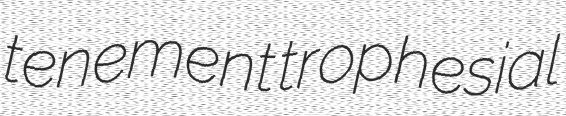
tenement trophesial